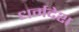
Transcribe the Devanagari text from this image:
धर्मदेश